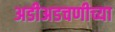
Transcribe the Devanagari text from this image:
अडीअडचणीच्या